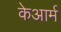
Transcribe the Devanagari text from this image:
केआर्म